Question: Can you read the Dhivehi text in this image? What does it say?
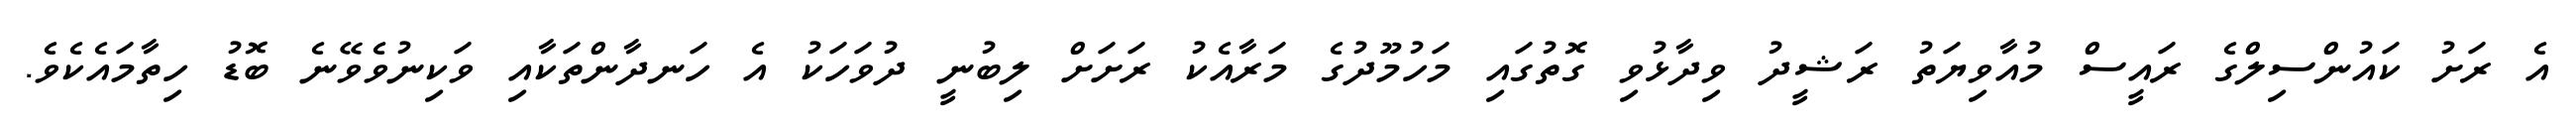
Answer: އެ ރަށު ކައުންސިލްގެ ރައީސް މުއާވިޔަތު ރަޝީދު ވިދާޅުވި ގޮތުގައި މަހުމޫދުގެ މަރާއެކު ރަށަށް ލިބުނީ ދުވަހަކު އެ ހަނދާންތަކާއި ވަކިނުވެވޭނެ ބޮޑު ހިތާމައެކެވެ.